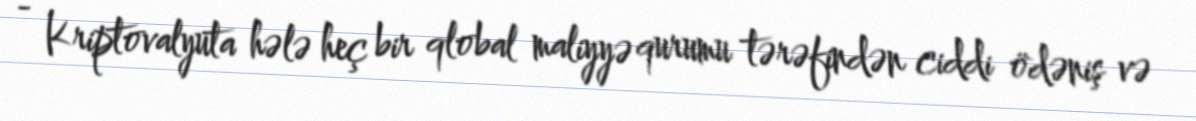
- Kriptovalyuta hələ heç bir qlobal maliyyə qurumu tərəfindən ciddi ödəniş və